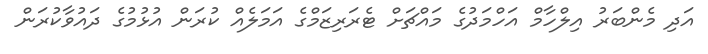
އަދި މެންބަރު އިލްހާމް އަހްމަދުގެ މައްޗަށް ޓެރަރިޒަމްގެ އަމަލެއް ކުރަން އުޅުމުގެ ދައުވާކުރަން